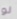
لو